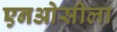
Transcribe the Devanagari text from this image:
एनओसीला